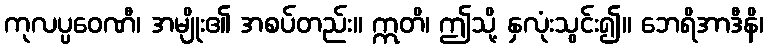
ကုလပ္ပဝေဏီ၊ အမျိုး၏ အစပ်တည်း။ ဣတိ၊ ဤသို့ နှလုံးသွင်း၍။ ဘေရိအာဒီနိ၊